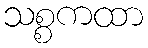
သစ္စကထာ